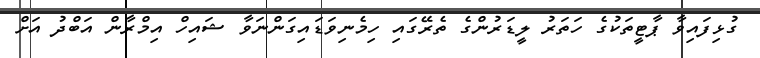
ގުޅިފައިވާ ޕާޓީތަކުގެ ހަތަރު ލީޑަރުންގެ ތެރޭގައި ހިމެނިވަޑައިގަންނަވާ ޝައިހް އިމްރާން އަބްދު އަށް